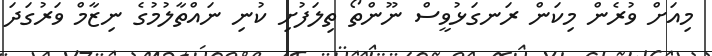
މިއަށް ވުރެން މިކަން ރަނގަޅުވީސް ނޫންތޯ ތިލަފުށި ކުނި ނައްތާލުމުގެ ނިޒާމް ވަރުގަދަ